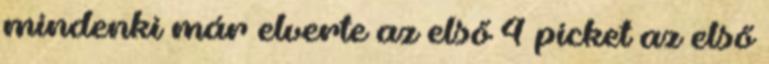
mindenki már elverte az első 4 picket az első